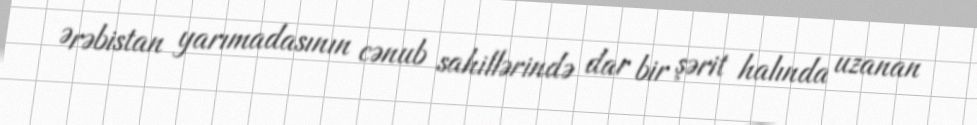
Ərəbistan yarımadasının cənub sahillərində dar bir şərit halında uzanan